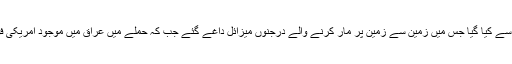
ایرانی میڈیا کا دعویٰ ہے کہ حملہ پاسداران انقلاب کی جانب سے کیا گیا جس میں زمین سے زمین پر مار کرنے والے درجنوں میزائل داغے گئے جب کہ حملے میں عراق میں موجود امریکی فوجی اڈوں عین الاسد،اربیل اور تاجی کیمپ کو نشانہ بنایا گیا۔